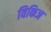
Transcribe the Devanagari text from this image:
विकिज